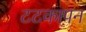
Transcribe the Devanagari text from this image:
टटकापन